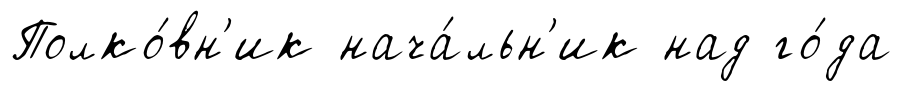
Полко́вн'ик нача́льн'ик над го́да